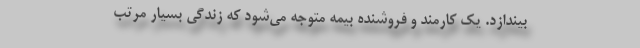
بیندازد. یک کارمند و فروشنده بیمه متوجه می‌شود که زندگی بسیار مرتب